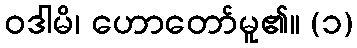
ဝဒါမိ၊ ဟောတော်မူ၏။ (၁)